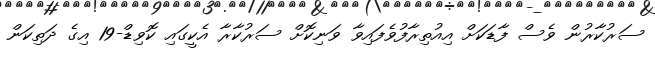
ސަރުކާރުން ވެސް ފާޑަކަށް އިއުތިރާފުވެފައިވާ ވަނިކޮށް ސަރުކާރާ އެކީގައި ކޮވިޑް-19 އިގެ ދަތިކަން